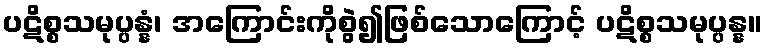
ပဋိစ္စသမုပ္ပန္နံ၊ အကြောင်းကိုစွဲ၍ဖြစ်သောကြောင့် ပဋိစ္စသမုပ္ပန္န။